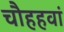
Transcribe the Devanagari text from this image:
चौहहवां